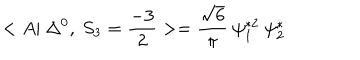
LaTeX: < A | ~ \Delta ^ { 0 } , ~ S _ { 3 } = \frac { - 3 } { 2 } > = \frac { \sqrt { 6 } } { \pi } ~ \psi _ { 1 } ^ { * 2 } ~ \psi _ { 2 } ^ { * }